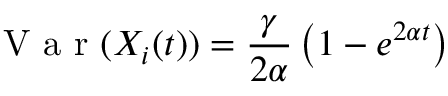
\mathrm { ~ V ~ a ~ r ~ } ( X _ { i } ( t ) ) = \frac { \gamma } { 2 \alpha } \left( 1 - e ^ { 2 \alpha t } \right)